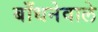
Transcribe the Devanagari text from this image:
बाँधनेवाले